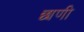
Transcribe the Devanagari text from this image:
छाणी